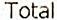
TOTAL